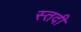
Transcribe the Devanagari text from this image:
स्तदी